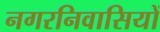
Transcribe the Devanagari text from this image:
नगरनिवासियों